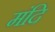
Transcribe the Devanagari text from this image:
मंदि